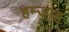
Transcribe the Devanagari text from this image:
हम्जाह